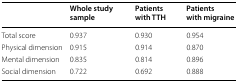
|  | Whole study sample | Patients with TTH | Patients with migraine |
 | --- | --- | --- | --- |
 | Total score | 0.937 | 0.930 | 0.954 |
 | Physical dimension | 0.915 | 0.914 | 0.870 |
 | Mental dimension | 0.835 | 0.814 | 0.896 |
 | Social dimension | 0.722 | 0.692 | 0.888 |